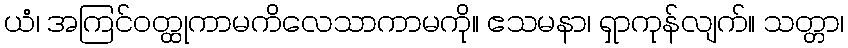
ယံ၊ အကြင်ဝတ္ထုကာမကိလေသာကာမကို။ ဧသမနာ၊ ရှာကုန်လျက်။ သတ္တာ၊